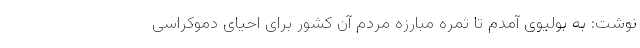
نوشت: به بولیوی آمدم تا ثمره مبارزه مردم آن کشور برای احیای دموکراسی